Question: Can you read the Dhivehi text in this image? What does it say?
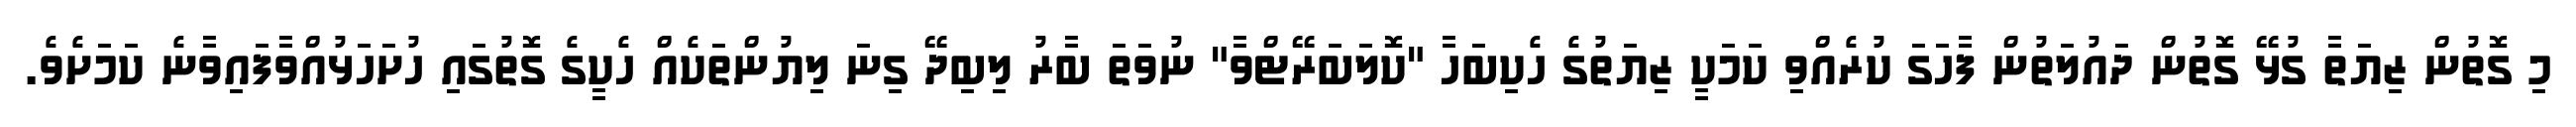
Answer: މި ގޮތުން ޒިޔަތާ ގުޅޭ ގޮތުން ދައުލަތުން ފާހަގަ ކުރެއްވި ކަމަކީ ޒިޔަތުގެ ހެކިބަހާ "ކޮލަބަރޭޓްވާ" ނުވަތަ ބާރު ލިބިދޭ ގިނަ ލިޔުންތަކެއް ހެކީގެ ގޮތުގައި ހުށަހަޅުއްވާފައިވާނެ ކަމަށެވެ.